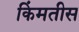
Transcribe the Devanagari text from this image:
किंमतीस